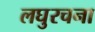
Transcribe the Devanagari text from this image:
लघुरचना